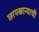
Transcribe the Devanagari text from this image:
छापखान्याची